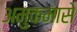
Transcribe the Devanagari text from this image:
अमुकमासे